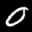
Label: 0